Plague in India, 1896, 1897 - Volume 1
Year: 1896
Disease focus: Plague
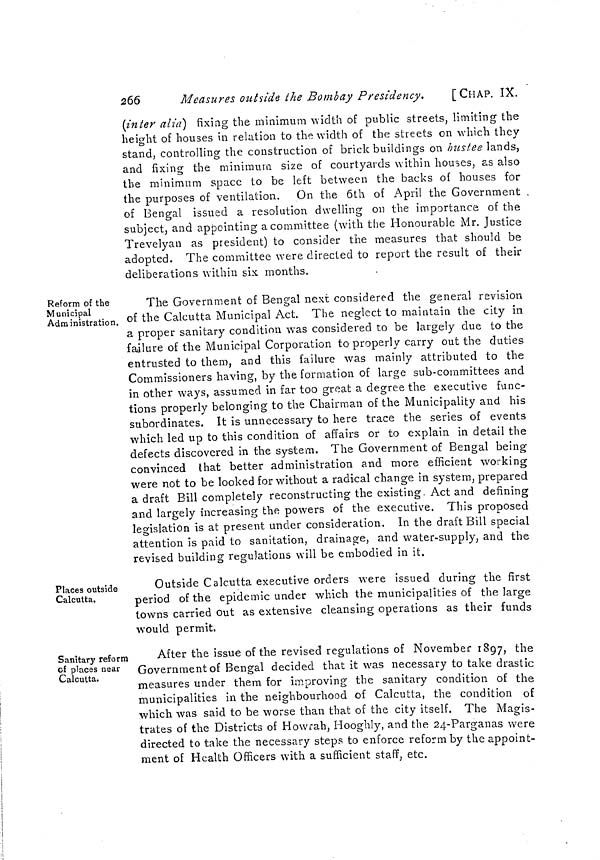
266
Measures outside the Bombay Presidency.
[CHAP. IX,
(inter alia) fixing the minimum width of public streets, limiting the
height of houses in relation to the width of the streets on which they
stand, controlling the construction of brick buildings on bustee lands,
and fixing the minimum size of courtyards within houses, as also
the minimum space to be left between the backs of houses for
the purposes of ventilation. On the 6th of April the Government
of Bengal issued a resolution dwelling on the importance of the
subject, and appointing a committee (with the Honourable Mr. Justice
Trevelyan as president) to consider the measures that should be
adopted. The committee were directed to report the result of their
deliberations within six months.
Reform of the
Municipal
Administration.
The Government of Bengal next considered the general revision
of the Calcutta Municipal Act. The neglect to maintain the city in
a proper sanitary condition was considered to be largely due to the
failure of the Municipal Corporation to properly carry out the duties
entrusted to them, and this failure was mainly attributed to the
Commissioners having, by the formation of large sub-committees and
in other ways, assumed in far too great a degree the executive func-
tions properly belonging to the Chairman of the Municipality and his
subordinates. It is unnecessary to here trace the series of events
which led up to this condition of affairs or to explain in detail the
defects discovered in the system. The Government of Bengal being
convinced that better administration and more efficient working
were not to be looked for without a radical change in system, prepared
a draft Bill completely reconstructing the existing Act and defining
and largely increasing the powers of the executive. This proposed
legislation is at present under consideration. In the draft Bill special
attention is paid to sanitation, drainage, and water-supply, and the
revised building regulations will be embodied in it.
Places outside
Calcutta.
Outside Calcutta executive orders were issued during the first
period of the epidemic under which the municipalities of the large
towns carried out as extensive cleansing operations as their funds
would permit.
Sanitary reform
of places near
Calcutta.
After the issue of the revised regulations of November 1897, the
Government of Bengal decided that it was necessary to take drastic
measures under them for improving the sanitary condition of the
municipalities in the neighbourhood of Calcutta, the condition of
which was said to be worse than that of the city itself. The Magis-
trates of the Districts of Howrah, Hooghly, and the 24-Parganas were
directed to take the necessary steps to enforce reform by the appoint-
ment of Health Officers with a sufficient staff, etc.